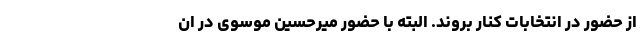
از حضور در انتخابات کنار بروند. البته با حضور میرحسین موسوی در ان